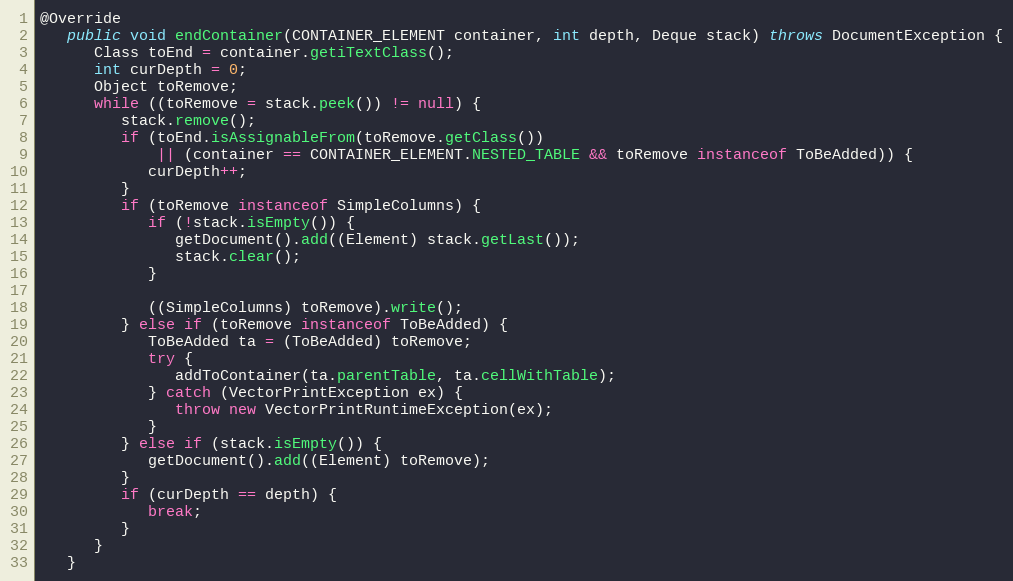
Language: Java
@Override
   public void endContainer(CONTAINER_ELEMENT container, int depth, Deque stack) throws DocumentException {
      Class toEnd = container.getiTextClass();
      int curDepth = 0;
      Object toRemove;
      while ((toRemove = stack.peek()) != null) {
         stack.remove();
         if (toEnd.isAssignableFrom(toRemove.getClass())
             || (container == CONTAINER_ELEMENT.NESTED_TABLE && toRemove instanceof ToBeAdded)) {
            curDepth++;
         }
         if (toRemove instanceof SimpleColumns) {
            if (!stack.isEmpty()) {
               getDocument().add((Element) stack.getLast());
               stack.clear();
            }

            ((SimpleColumns) toRemove).write();
         } else if (toRemove instanceof ToBeAdded) {
            ToBeAdded ta = (ToBeAdded) toRemove;
            try {
               addToContainer(ta.parentTable, ta.cellWithTable);
            } catch (VectorPrintException ex) {
               throw new VectorPrintRuntimeException(ex);
            }
         } else if (stack.isEmpty()) {
            getDocument().add((Element) toRemove);
         }
         if (curDepth == depth) {
            break;
         }
      }
   }